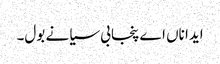
ایدا ناں اے پنجابی سیانے بول۔